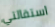
استقالتي